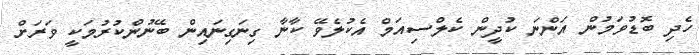
ހެދި ބޮޑުވަމުން އަންނަ ކުދީން ކެލްސިއަމް އެކުލެވޭ ކާނާ ގިނަގިނައިން ބޭނުންކުރުމަކީ ވަރަށް